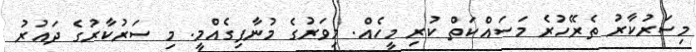
މިސަރުކާރު ތެރޭހުރެ މަސައްކަތް ކުރި މީހެއް. މިވަރުގެ މުނާފިގެއްމީ. މި ސަރުކާރުގެ ދައުރު